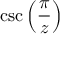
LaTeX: \csc \left( { \frac { \pi } { z } } \right)